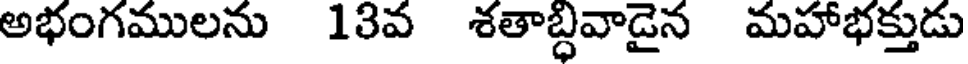
అభంగములను 13వ శతాబ్ధివాడైన మహాభక్తుడు